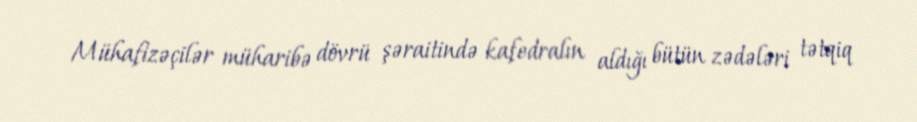
Mühafizəçilər müharibə dövrü şəraitində kafedralın aldığı bütün zədələri tətqiq